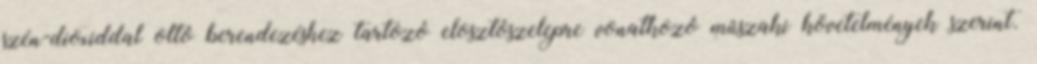
szén-dioxiddal oltó berendezéshez tartozó elosztószelepre vonatkozó mûszaki követelmények szerint.